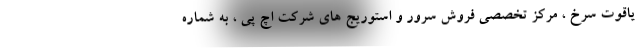
یاقوت سرخ ، مرکز تخصصی فروش سرور و استوریج های شرکت اچ پی ، به شماره